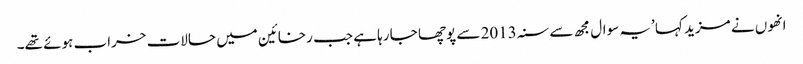
انھوں نے مزید کہا ’یہ سوال مجھ سے سنہ 2013 سے پوچھا جا رہا ہے جب رخائین میں حالات خراب ہوئے تھے۔